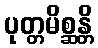
ပုတ္တမိစ္ဆန္တိ